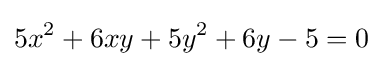
5x^{2}+6xy+5y^{2}+6y-5=0